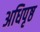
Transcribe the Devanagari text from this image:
अधिपृष्ठ